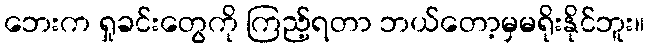
ဘေးက ရှုခင်းတွေကို ကြည့်ရတာ ဘယ်တော့မှမရိုးနိုင်ဘူး။